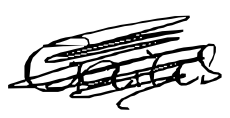
Text: Gaius
Cross-out: scratch
Writing tool: digital_black